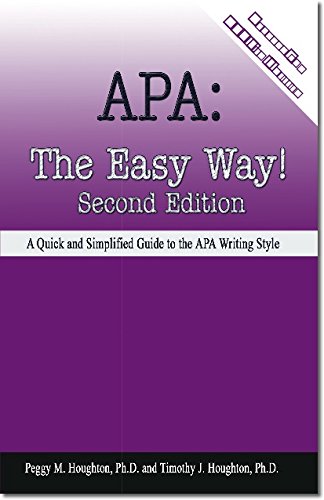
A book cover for APA: The Easy Way! [Updated for APA 6th Edition] 2nd (second) Edition by Peggy M. Houghton, Timothy J. Houghton published by Baker College (2009); Timothy J. Houghton Peggy M. Houghton; Education & Teaching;